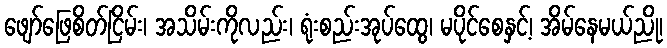
ဖျော်ဖြေစိတ်ငြိမ်း၊ အသိမ်းကိုလည်း၊ ရုံးစည်းအုပ်ထွေ၊ မပိုင်စေနှင့်၊ အိမ်နေမယ်ညို၊